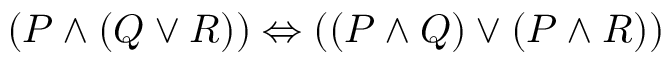
( P \land ( Q \lor R ) ) \Leftrightarrow ( ( P \land Q ) \lor ( P \land R ) )